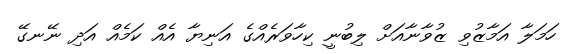
ހަމަލާ އަމާޒުވި ޒުވާނާއަށް ލިބުނީ ކިހާވަރެއްގެ އަނިޔާ އެއް ކަމެއް އަދި ނޭނގޭ